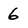
Character: 6